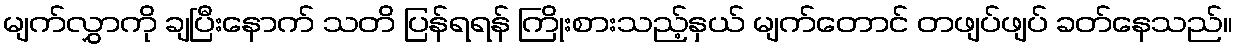
မျက်လွှာကို ချပြီးနောက် သတိ ပြန်ရရန် ကြိုးစားသည့်နှယ် မျက်တောင် တဖျပ်ဖျပ် ခတ်နေသည်။